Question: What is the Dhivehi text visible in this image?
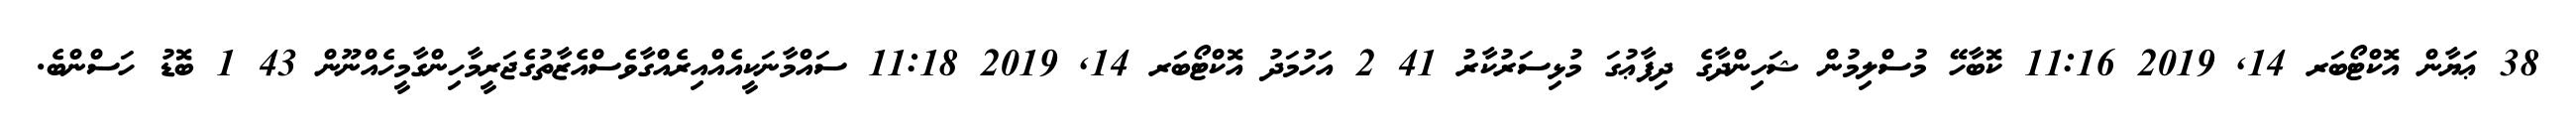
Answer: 38 ޢަޔާން އޮކްޓޯބަރ 14, 2019 11:16 ކޮބާހޭ މުސްލިމުން ޝަހިންދާގެ ދިފާޢުގަ މުޅިސަރުކާރު 41 2 އަހުމަދު އޮކްޓޯބަރ 14, 2019 11:18 ސައްމާނަކީއެއްއިރެއްގާވެސްއެޒާތުގެޖަރީމާހިންގާމީހެއްނޫން 43 1 ބޮޑު ހަސްންބެ.